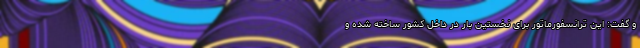
و گفت: این ترانسفورماتور برای نخستین بار در داخل کشور ساخته شده و